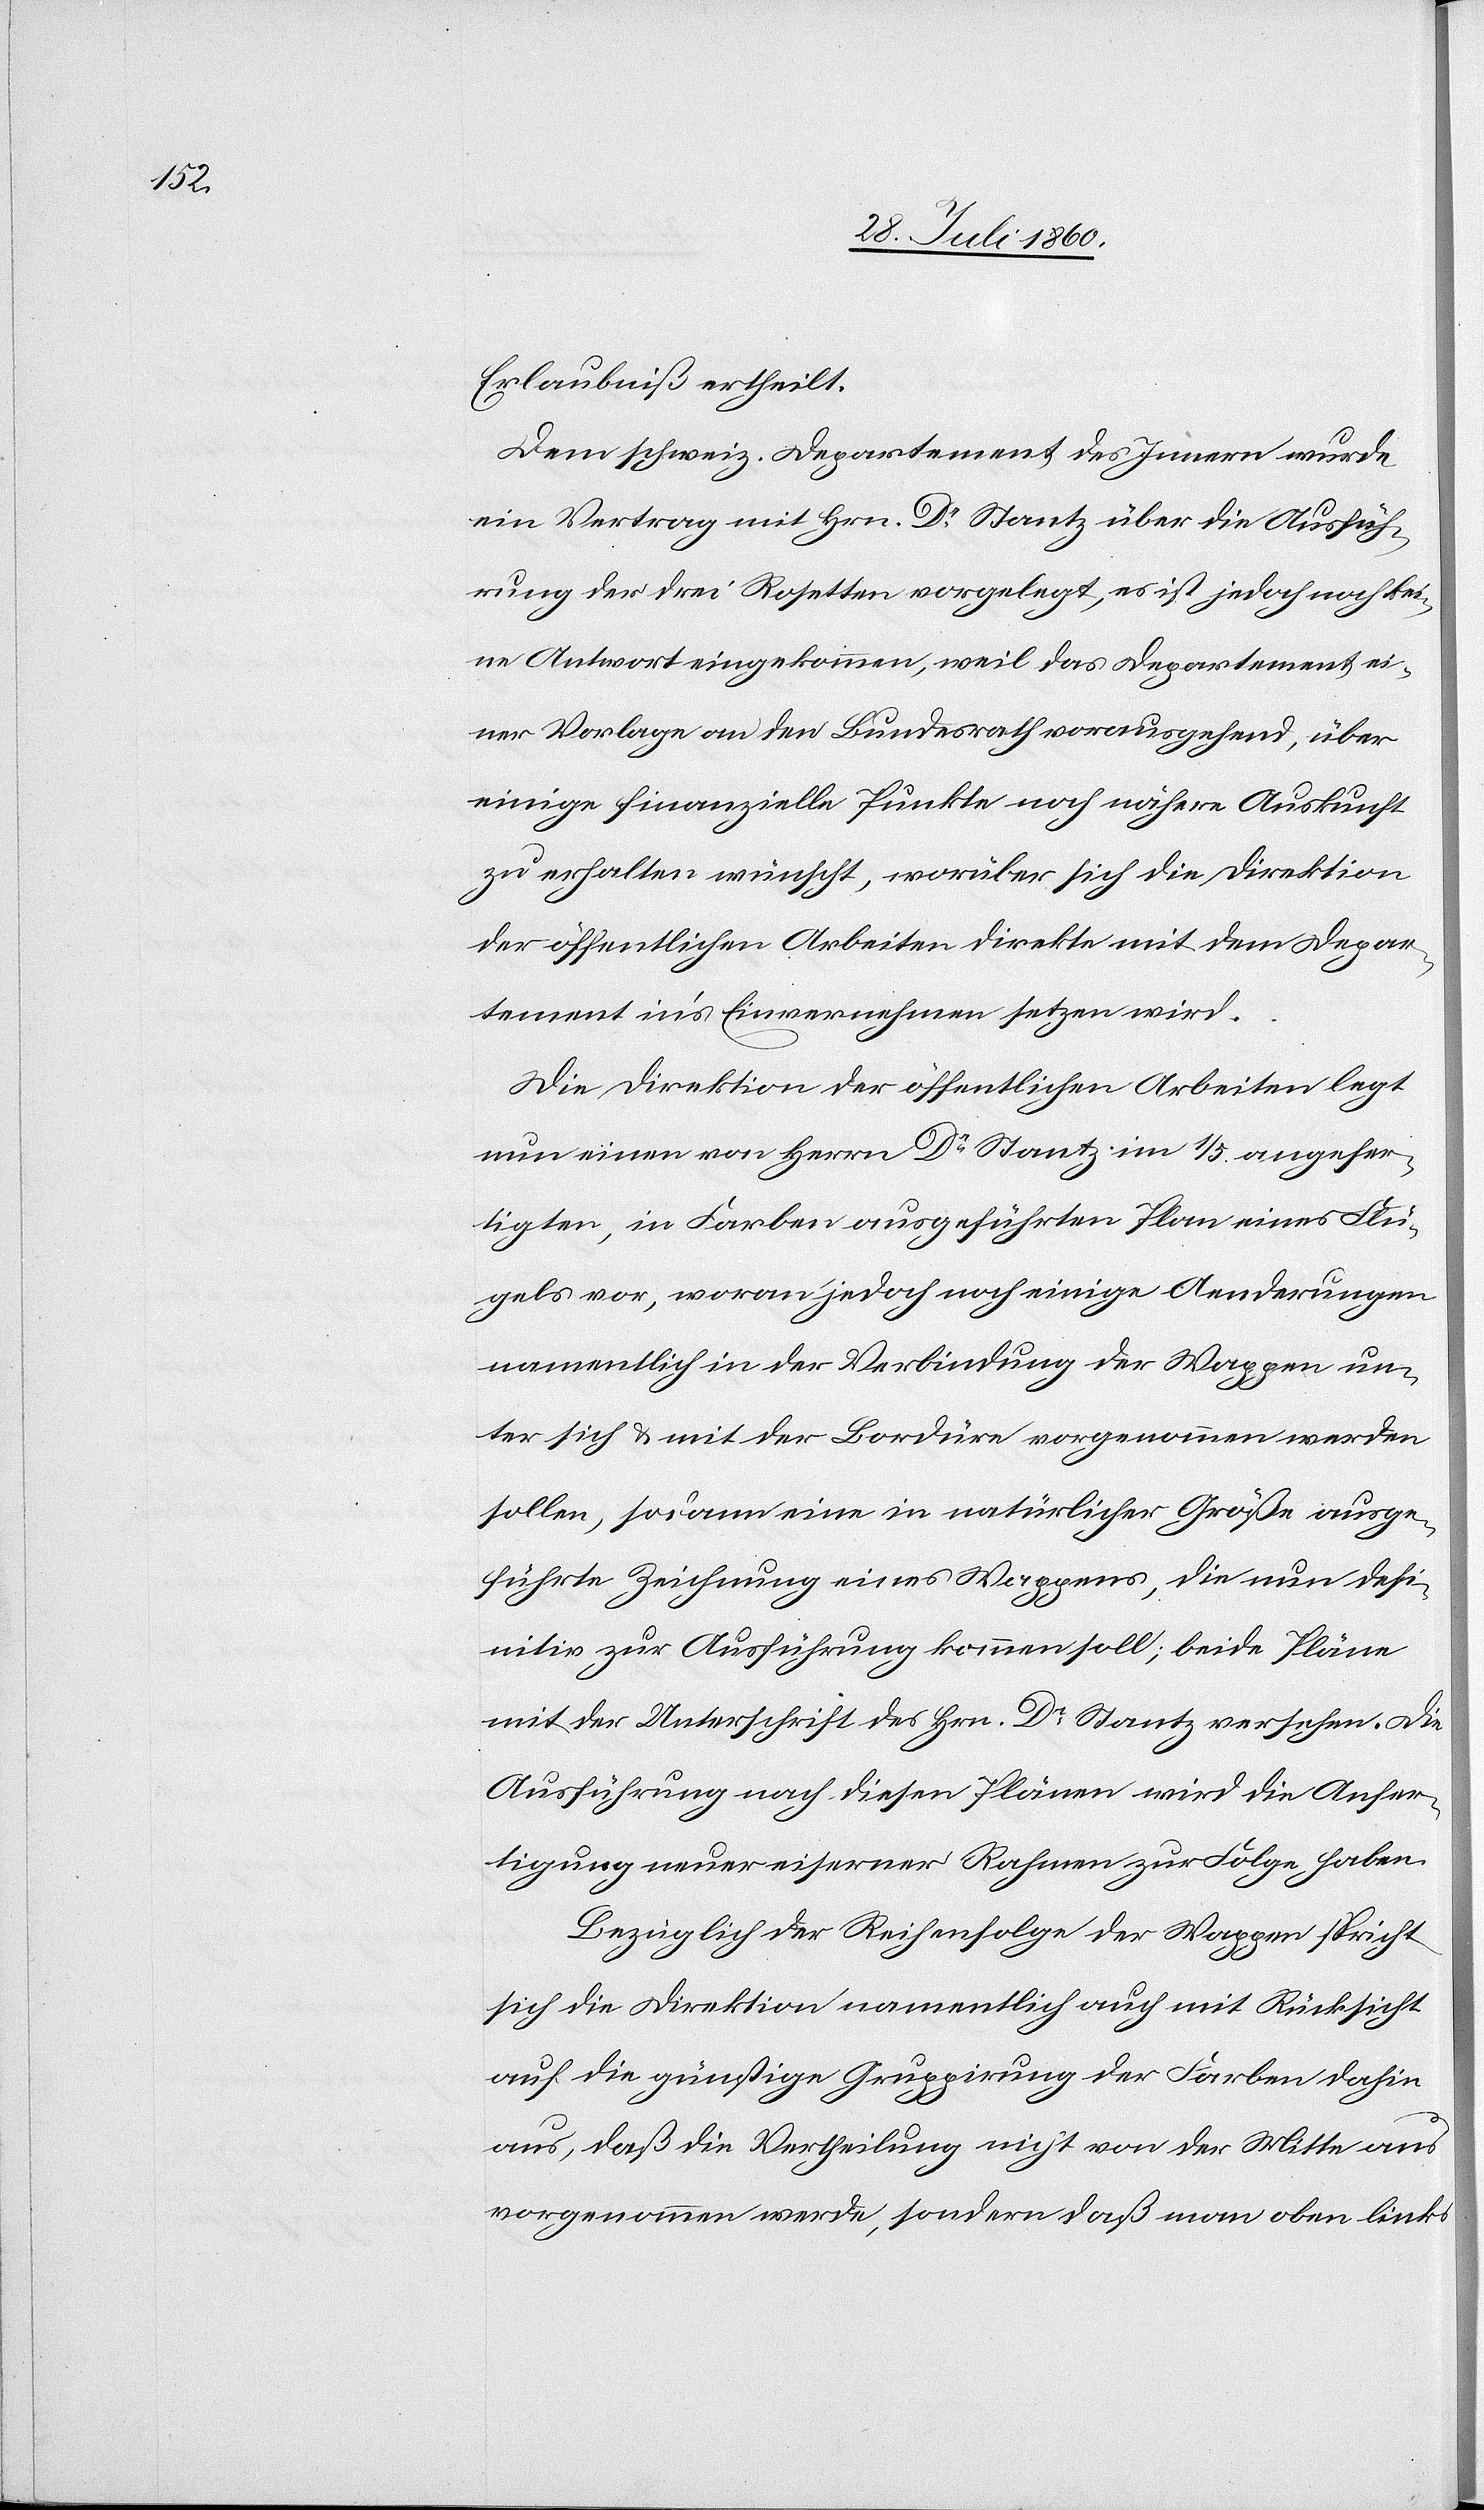
Erlaubniss ertheilt.
Dem schweiz. Departement des Innern wurde
ein Vertrag mit Hrn. Dr Stantz über die Ausfüh¬
rung der drei Rosetten vorgelegt, es ist jedoch noch kei¬
ne Antwort eingekommen, weil das Departement ei¬
ner Vorlage an den Bundesrath vorausgehend, über
einige finanzielle Punkte noch nähere Auskunft
zu erhalten wünscht, worüber sich die Direktion
der öffentlichen Arbeiten direkte mit dem Depar¬
tement ins Einvernehmen setzen wird.
Die Direktion der öffentlichen Arbeiten legt
nun einen von Hrn. Dr Stantz im 1/5 angefer¬
tigten, in Farben ausgeführten Plan eines Flü¬
gels vor, woran jedoch noch einige Aenderungen
namentlich in der Verbindung der Wappen un¬
ter sich und mit der Bordüre vorgenommen werden
sollen, sodann eine in natürlicher Grösse ausge¬
führte Zeichnung eines Wappens, die nun defi¬
nitiv zur Ausführung kommen soll; beide Pläne
mit der Unterschrift des Hrn. Dr Stantz versehen. Die
Ausführung nach diesen Plänen wird die Anfer¬
tigung neuer eiserner Rahmen zur Folge haben.
Bezüglich der Reihenfolge der Wappen spricht
sich die Direktion namentlich auch mit Rücksicht
auf die günstige Gruppirung der Farben dahin
aus, dass die Vertheilung nicht von der Mitte aus
vorgenommen werde, sondern dass man oben links